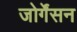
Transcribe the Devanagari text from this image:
जोर्गेंसन